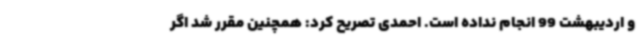
و اردیبهشت 99 انجام نداده است. احمدی تصریح کرد: همچنین مقرر شد اگر